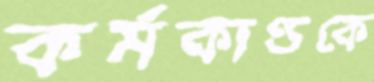
কর্মকাণ্ডকে